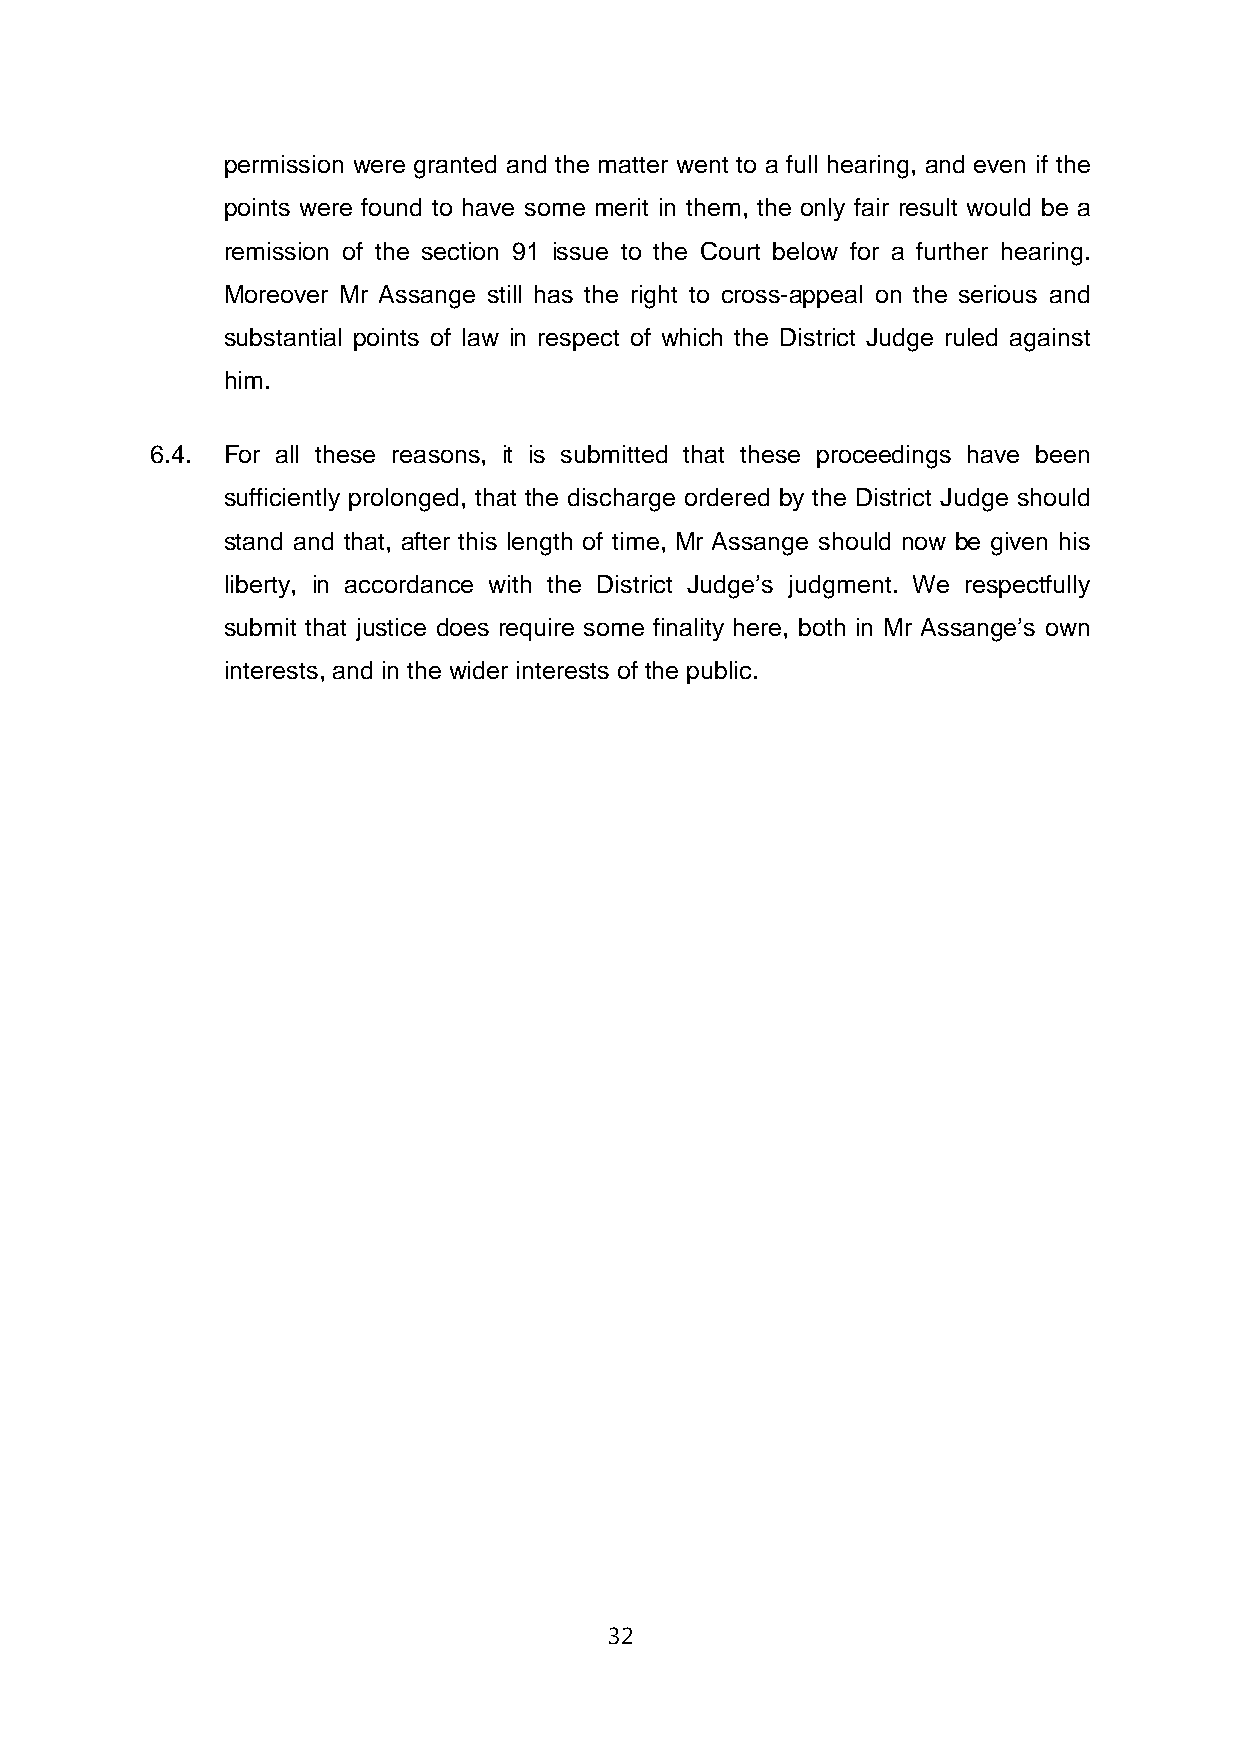
permission were granted and the matter went to a full hearing, and even if the
 points were found to have some merit in them, the only fair result would be a
 remission of the section 91 issue to the Court below for a further hearing.
 Moreover Mr Assange still has the right to cross-appeal on the serious and
 substantial points of law in respect of which the District Judge ruled against
 him.
 6.4. For all these reasons, it is submitted that these proceedings have been
 sufficiently prolonged, that the discharge ordered by the District Judge should
 stand and that, after this length of time, Mr Assange should now be given his
 liberty, in accordance with the District Judge’s judgment. We respectfully
 submit that justice does require some finality here, both in Mr Assange’s own
 interests, and in the wider interests of the public.
 32